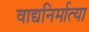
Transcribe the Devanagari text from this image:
वाद्यनिर्मात्या